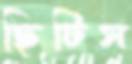
ছিটিস